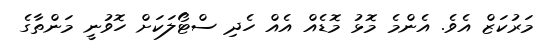
މަރުކަޒް އެވެ. އެންމެ މޮޅު މޮޑެއް އެއް ހެދި ސްޓޯލަކަށް ހޮވުނީ މަންތާގެ